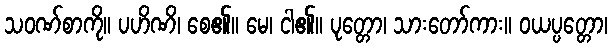
သဝဏ်စာကို။ ပဟိဏိ၊ စေ၏။ မေ၊ ငါ၏။ ပုတ္တော၊ သားတော်ကား။ ဝယပ္ပတ္တော၊